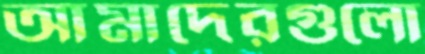
আমাদেরগুলো